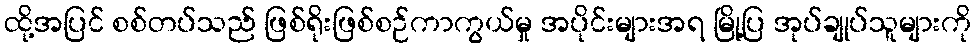
ထို့အပြင် စစ်တပ်သည် ဖြစ်ရိုးဖြစ်စဉ်ကာကွယ်မှု အပိုင်းများအရ မြို့ပြ အုပ်ချုပ်သူများကို